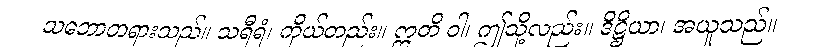
သဘောတရားသည်။ သရီရံ၊ ကိုယ်တည်း။ ဣတိ ဝါ၊ ဤသို့လည်း။ ဒိဋ္ဌိယာ၊ အယူသည်။